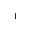
^ 1